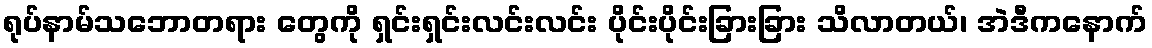
ရုပ်နာမ်သဘောတရား တွေကို ရှင်းရှင်းလင်းလင်း ပိုင်းပိုင်းခြားခြား သိလာတယ်၊ အဲဒီကနောက်